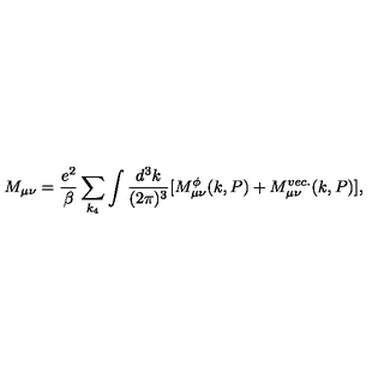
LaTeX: M _ { \mu \nu } = \frac { e ^ { 2 } } { \beta } \sum _ { k _ { 4 } } \int \frac { d ^ { 3 } k } { ( 2 \pi ) ^ { 3 } } [ M _ { \mu \nu } ^ { \phi } ( k , P ) + M _ { \mu \nu } ^ { v e c . } ( k , P ) ] ,